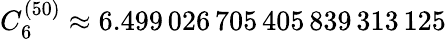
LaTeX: C_{6}^{(50)}\approx 6.499\, 026\, 705\, 405\, 839\, 313\, 125